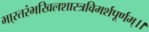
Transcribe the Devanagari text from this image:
भा्रतरंभखिलशास्त्रविमर्शपूर्णम्।।